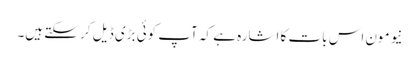
نیو مون اس بات کا اشارہ ہے کہ آپ کوئی بڑی ڈیل کر سکتے ہیں۔